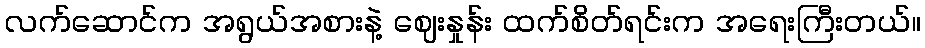
လက်ဆောင်က အရွယ်အစားနဲ့ ဈေးနှုန်း ထက်စိတ်ရင်းက အရေးကြီးတယ်။